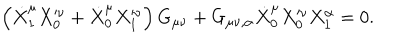
LaTeX: \left( \dot { X } _ { 1 } ^ { \mu } X _ { 0 } ^ { \nu } + \dot { X } _ { 0 } ^ { \mu } X _ { 1 } ^ { \nu } \right) G _ { \mu \nu } + G _ { \mu \nu , \alpha } \dot { X } _ { 0 } ^ { \mu } X _ { 0 } ^ { \nu } X _ { 1 } ^ { \alpha } = 0 .